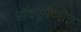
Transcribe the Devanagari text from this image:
डॉक्युमेंटरीत